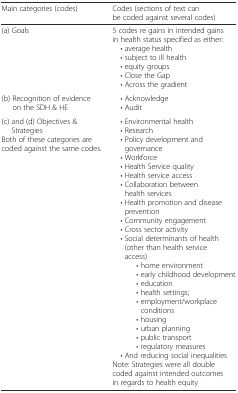
| Main categories (codes) | Codes (sections of text can be coded against several codes) |
 | --- | --- |
 | (a) Goals | 5 codes re gains in intended gains in health status specified as either: • average health • subject to ill health • equity groups • Close the Gap • Across the gradient |
 | (b) Recognition of evidence on the SDH & HE | • Acknowledge • Audit |
 | (c) and (d) Objectives & StrategiesBoth of these categories are coded against the same codes. | • Environmental health • Research • Policy development and governance • Workforce • Health Service quality • Health service access • Collaboration between health services • Health promotion and disease prevention • Community engagement • Cross sector activity • Social determinants of health (other than health service access)• home environment• early childhood development• education• health settings;• employment/workplace conditions• housing• urban planning• public transport• regulatory measures • And reducing social inequalitiesNote: Strategies were all double coded against intended outcomes in regards to health equity |